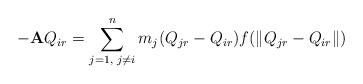
LaTeX: \begin{align*} -\mathbf{A}Q_{ir}=\sum\limits_{j=1,\textrm{ }j\neq i}^{n}m_{j}(Q_{jr}-Q_{ir})f(\|Q_{jr}-Q_{ir}\|) \end{align*}